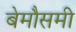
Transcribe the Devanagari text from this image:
बेमौसमी